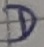
Text: D